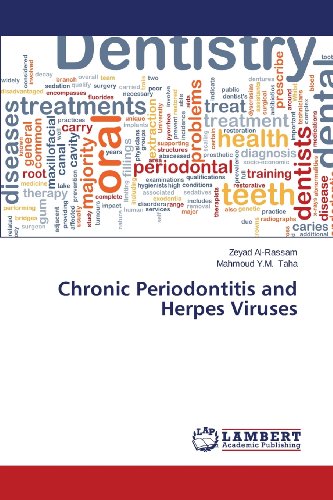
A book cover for Chronic Periodontitis and Herpes Viruses; Al-Rassam Zeyad; Health, Fitness & Dieting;